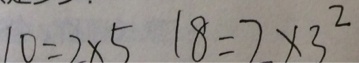
1 0 = 2 \times 5 1 8 = 2 \times 3 ^ { 2 }